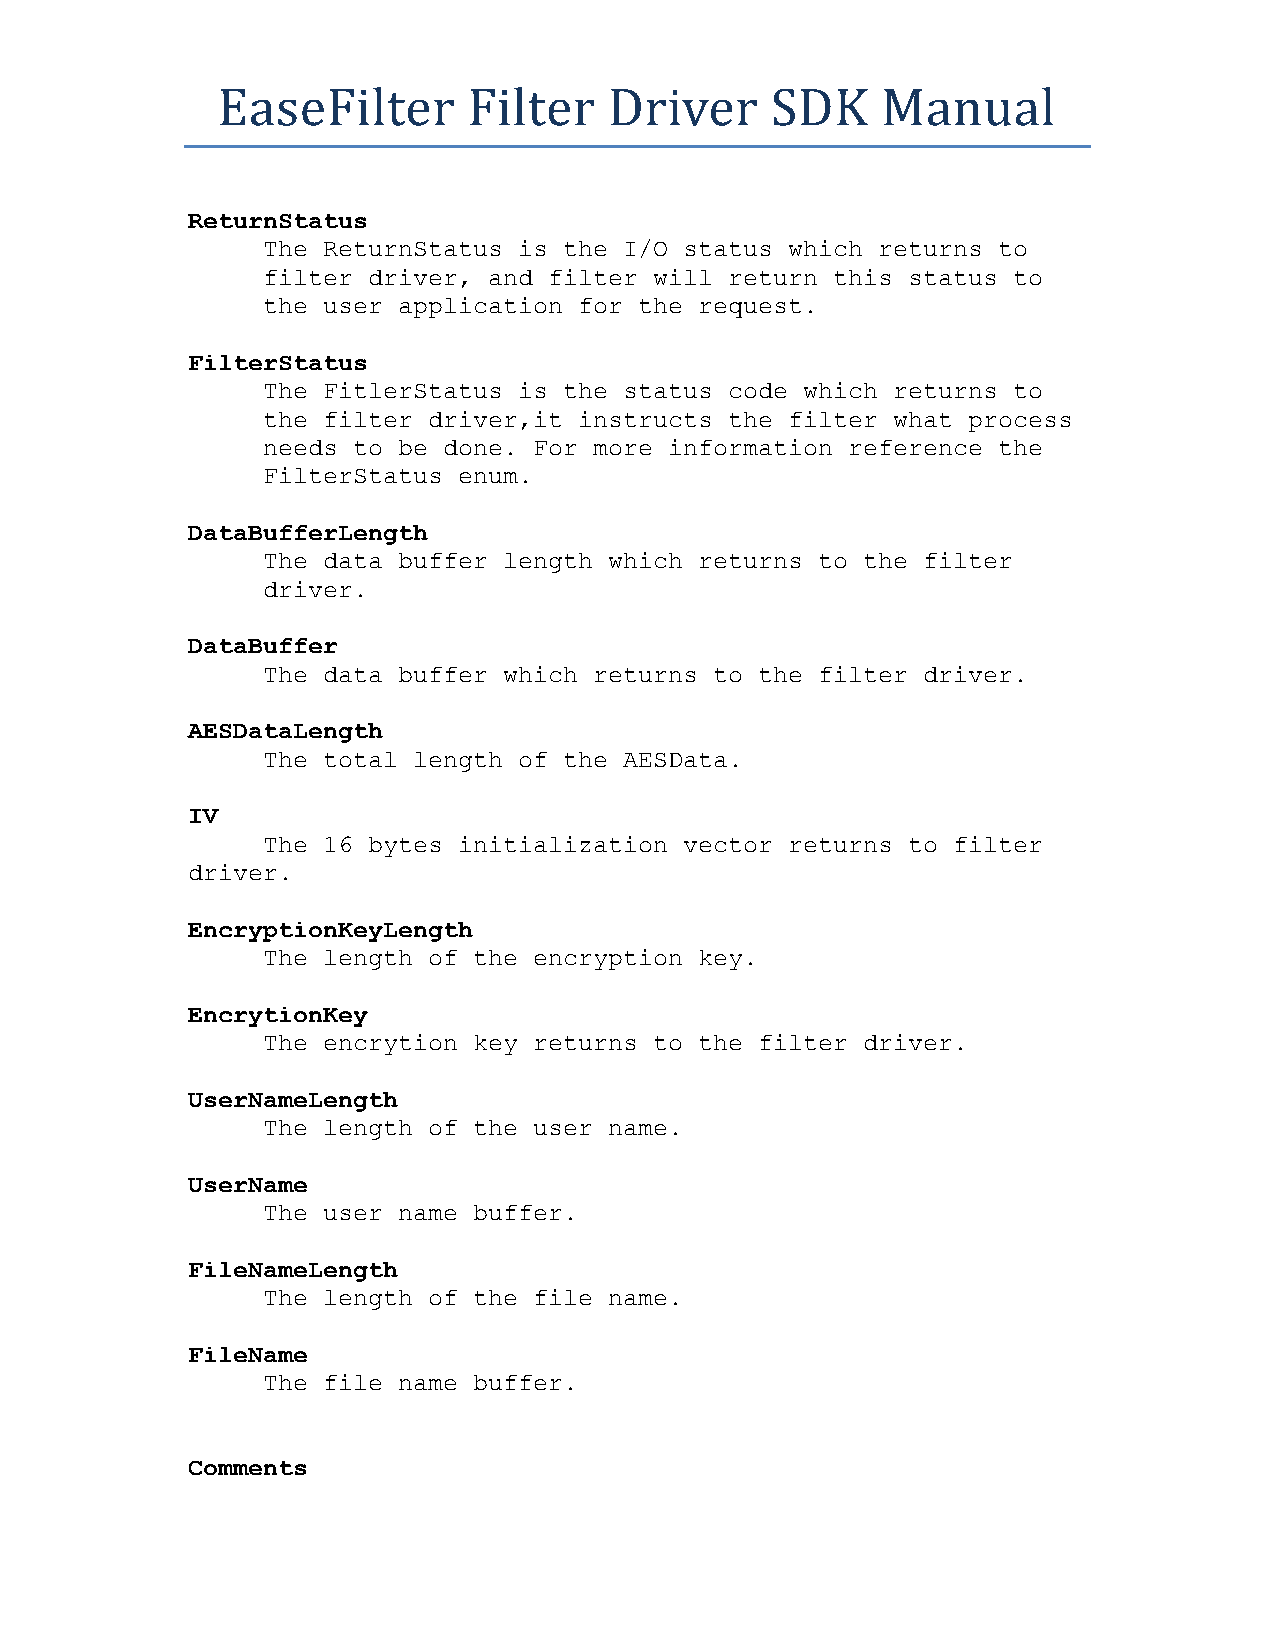
EaseFilter       Filter   Driver     SDK    Manual
 ReturnStatus
 The ReturnStatus is the I/O status which returns to
 filter driver, and filter will return this status to
 the user application for the request.
 FilterStatus
 The FitlerStatus is the status code which returns to
 the filter driver,it instructs the filter what process
 needs to be done. For more information reference the
 FilterStatus enum.
 DataBufferLength
 The data buffer length which returns to the filter
 driver.
 DataBuffer
 The data buffer which returns to the filter driver.
 AESDataLength
 The total length of the AESData.
 IV
 The 16 bytes initialization vector returns to filter
 driver.
 EncryptionKeyLength
 The length of the encryption key.
 EncrytionKey
 The encrytion key returns to the filter driver.
 UserNameLength
 The length of the user name.
 UserName
 The user name buffer.
 FileNameLength
 The length of the file name.
 FileName
 The file name buffer.
 Comments